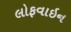
લોફવાઇન